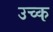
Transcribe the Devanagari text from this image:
उच्क